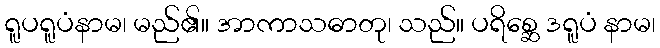
ရူပရူပံနာမ၊ မည်၏။ အာကာသဓာတု၊ သည်။ ပရိစ္ဆေ ဒရူပံ နာမ၊